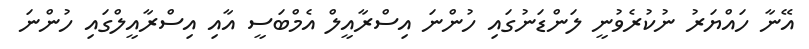
އޭނާ ހައްޔަރު ނުކުރެވުނީ ލަންޑަނުގައި ހުންނަ އިސްރާއީލް އެމްބަސީ އާއި އިސްރާއީލްގައި ހުންނަ